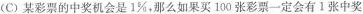
(c)某彩票的中奖机会是1%，那么如果买100张彩票一定会有1张中奖